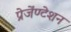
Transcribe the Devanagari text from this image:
प्रेजेंण्टेशन